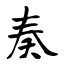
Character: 奏